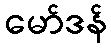
မော်ဒန်